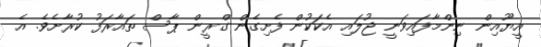
އީޔޫއިން ނިންމާފައިވަނީ ޖުލައި އެކަކުން ފެށިގެން ގްރީން ޕާސް ތައާރަފު ކުރާށެވެ. އެ